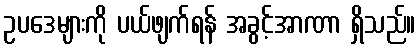
ဥပဒေများကို ပယ်ဖျက်ရန် အခွင့်အာဏာ ရှိသည်။